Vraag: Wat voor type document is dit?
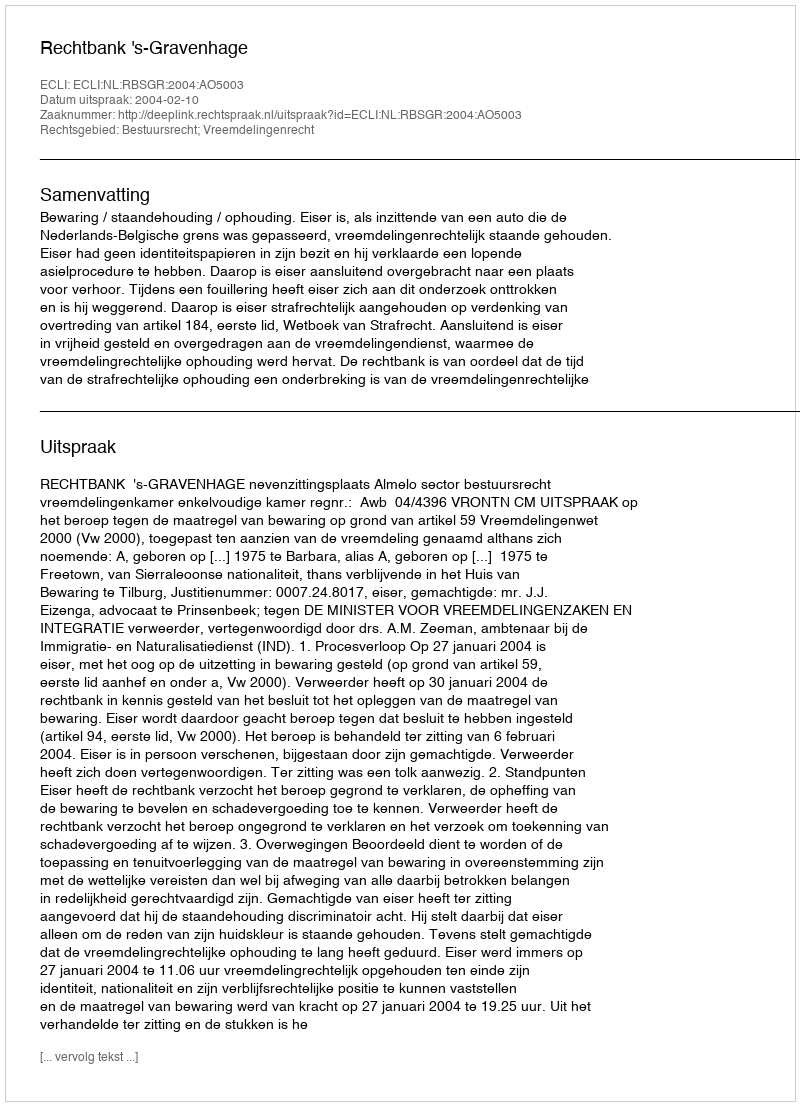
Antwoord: Uitspraak